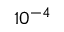
1 0 ^ { - 4 }